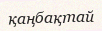
қаңбақтай